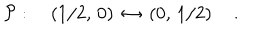
{ \cal P } : \quad \left( { 1 / 2 } , \, 0 \right) \, \leftrightarrow \, \left( 0 , \, { 1 / 2 } \right) \quad .